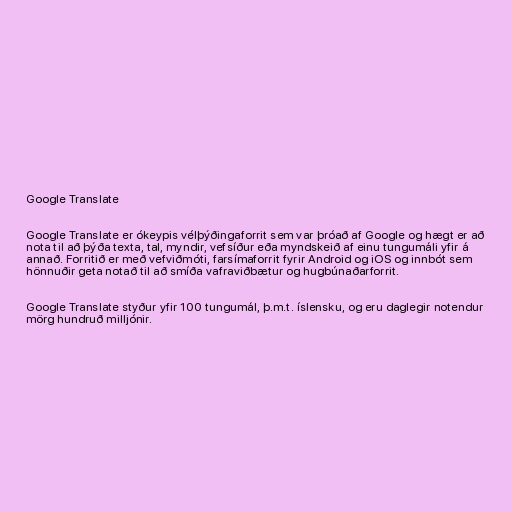
Google Translate

Google Translate er ókeypis vélþýðingaforrit sem var þróað af Google og hægt er að
nota til að þýða texta, tal, myndir, vefsíður eða myndskeið af einu tungumáli yfir á
annað. Forritið er með vefviðmóti, farsímaforrit fyrir Android og iOS og innbót sem
hönnuðir geta notað til að smíða vafraviðbætur og hugbúnaðarforrit.

Google Translate styður yfir 100 tungumál, þ.m.t. íslensku, og eru daglegir notendur
mörg hundruð milljónir.